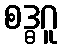
စဒ္ဓဂူ